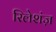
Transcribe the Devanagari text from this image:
रिलेशंज़